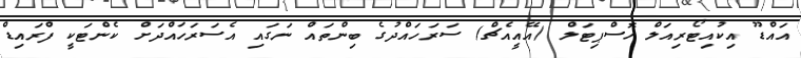
އައްޑޫ އިކުއިޓޯރިއަލް ހޮސްޕިޓަލް (އޭއީއެޗް) ސަރަހައްދުގެ ބިންތައް ނަގައި އެސަރަހައްދަށް ކެންޓަކީ ފްރައިޑް